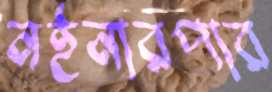
নইনারপার